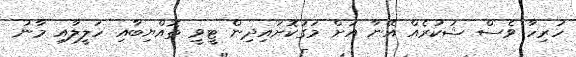
ހުރިހާ ވެސް ޝުކުރެއް އޭނާ އަށް މަގުކޮށައިދިން ޓީވީ ތޮއްޔިބާއި ހަލީލާއި މާނު